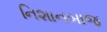
નિશાનબાજ